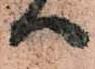
へ